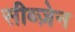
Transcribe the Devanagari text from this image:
सीब्ज़ेन